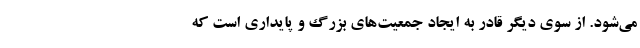
می‌شود. از سوی دیگر قادر به ایجاد جمعیت‌های بزرگ و پایداری است که